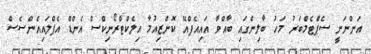
އަންނަނީ ސެޕްޓެމްބަރު މަހު ބާލިންގައި ބާއްވާ އައިއެފްއޭ ކޮންޒިއުމާ އިލެކްޓްރޯނިކްސް އެންޑް އެޕްލައިއެންސެސް